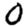
Digit: 0